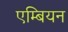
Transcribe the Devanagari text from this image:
एम्बियन